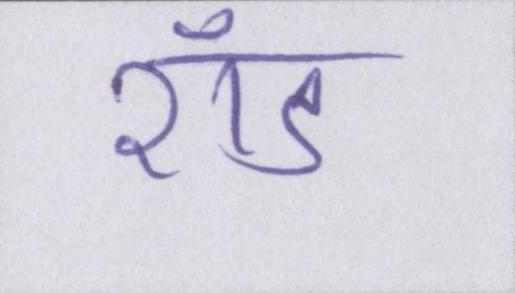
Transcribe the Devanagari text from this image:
रॉड